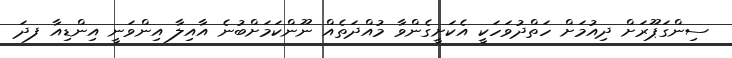
ސިންގަޕޫރަށް ދިއުމަށް ހަތްދުވަހަކީ އެކަށީގެންވާ މުއްދަތެއް ނޫންކަމަށްބުނެ އާއިލާ އިންވަނީ އިންޑިއާ ފދަ